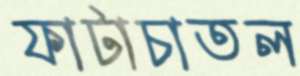
ফাটাচাতল